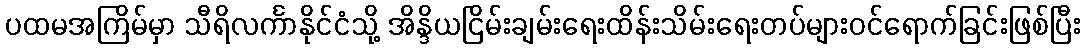
ပထမအကြိမ်မှာ သီရိလင်္ကာနိုင်ငံသို့ အိန္ဒိယငြိမ်းချမ်းရေးထိန်းသိမ်းရေးတပ်များဝင်ရောက်ခြင်းဖြစ်ပြီး